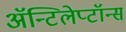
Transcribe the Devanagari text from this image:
ॲन्टिलेप्टॉन्स